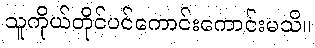
သူကိုယ်တိုင်ပင်ကောင်းကောင်းမသိ။